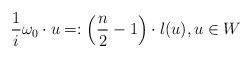
LaTeX: \begin{align*}\frac{1}{i}\omega_0 \cdot u =: \left(\frac{n}{2}-1\right) \cdot l(u), u \in W\end{align*}